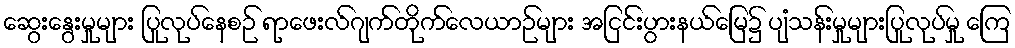
ဆွေးနွေးမှုများ ပြုလုပ်နေစဉ် ရာဖေးလ်ဂျက်တိုက်လေယာဉ်များ အငြင်းပွားနယ်မြေ၌ ပျံသန်းမှုများပြုလုပ်မှု ကြေ